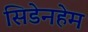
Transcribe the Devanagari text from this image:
सिडेनहेम